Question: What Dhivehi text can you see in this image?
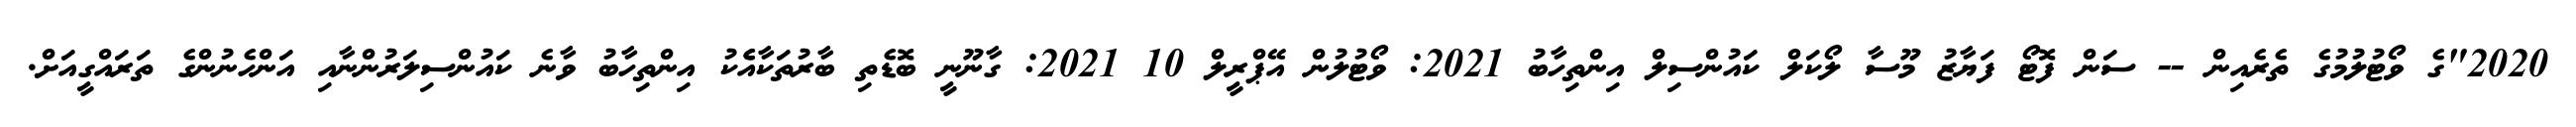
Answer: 2020"ގެ ވޯޓުލުމުގެ ތެރެއިން -- ސަން ފޮޓޯ ފަޔާޒު މޫސާ ލޯކަލް ކައުންސިލް އިންތިހާބު 2021: ވޯޓުލުން އޭޕްރީލް 10 2021: ގާނޫނީ ބޮޑެތި ބާރުތަކާއެެކު އިންތިހާބު ވާނެ ކައުންސިލަރުންނާއި އަންހެނުންގެ ތަރައްގީއަށް.